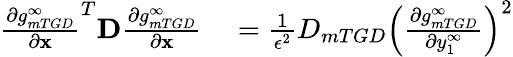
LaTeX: \begin{array}{rl}{\frac{\partial g_{mTGD}^{\infty}}{\partial\mathbf{x}}^{T}\mathbf{D}\frac{\partial g_{mTGD}^{\infty}}{\partial\mathbf{x}}}&{{}=\frac{1}{\epsilon^{2}}D_{mTGD}\left(\frac{\partial g_{mTGD}^{\infty}}{\partial y_{1}^{\infty}}\right)^{2}}\end{array}